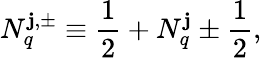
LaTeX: N_{q}^{\mathbf{j},\pm}\equiv\frac{{1}}{{2}}+N_{q}^{\mathbf{j}}\pm\frac{{1}}{{2}},